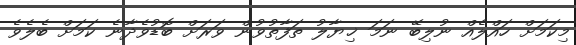
މިކަމަށް ހައްލެއް ނުލިބޭ ނަމަ ޚިޔާލު ތަފާތުވުން ވަރަށް ބޮޑުވެދާނެ ކަމަށް ބެލެވެ